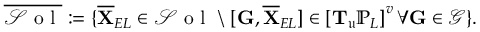
\overline { { \mathcal { S } \mathrm { ~ o ~ l ~ } } } : = \{ \overline { { \mathbf { X } } } _ { E L } \in \mathcal { S } \mathrm { ~ o ~ l ~ } \ \backslash \ [ \mathbf { G } , \overline { { \mathbf { X } } } _ { E L } ] \in \left[ \mathbf { T } _ { \mathfrak { u } } \mathbb { P } _ { L } \right] ^ { v } \forall \mathbf { G } \in \mathcal { G } \} .